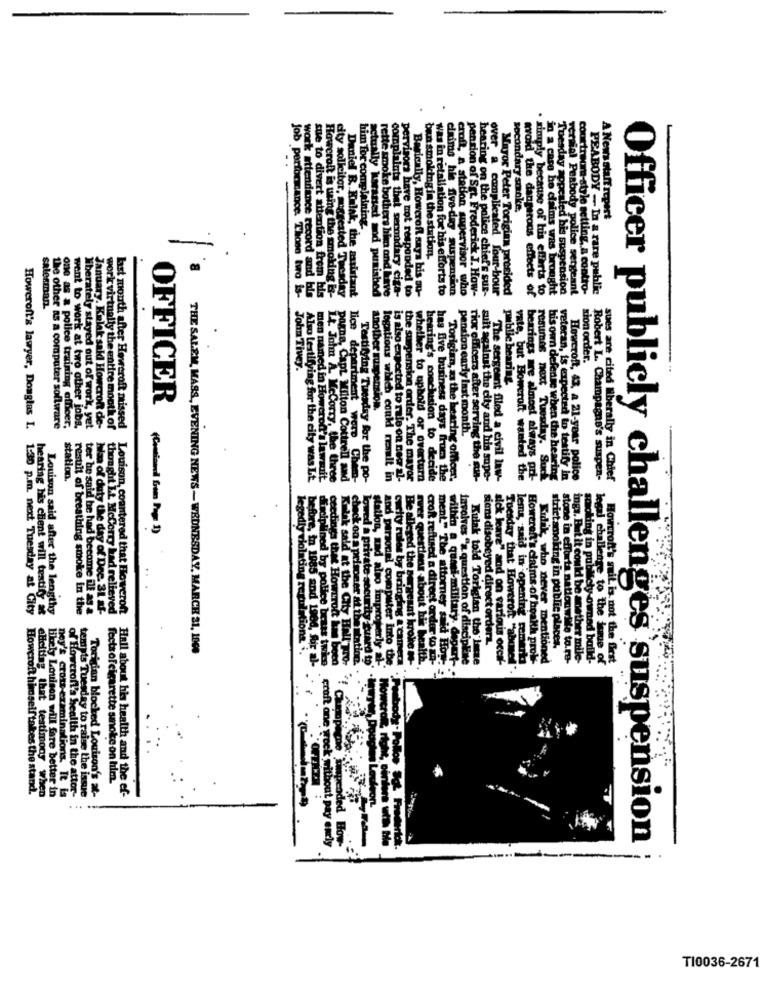
Job pe
tocondary smol
Tuesday Zope
seraial Peabody P
A News staff report
sue to divert attenti
him for complaining
-
Daniel B. Kulak, the aar
ban smokingin the station.
simply because of his effet
complaints that secondary ci
cinimo his five-day suspen
ance. Those two is-
tually krassed and punishe
Porvisors have not responded to
Basically, Howerof says his ou-
was in retaliation for his efforts to
croft, a station supervisor who
over a complicated Jour-bour
Mayor Peter Torigian presided
caled his suspension
police sergeant
courtroom-style setting, a contro-
PEABODY - In a rare public
work attendance record and bis
from his
Howcroft is using the smoking is-
e zasistant
rette smoke bothers him and awe
of SEL Frederick J. How-
hearing on the police chief's sur-
avoid the dangerous effects of
Barts to
in a caro he claims was brought
salesman.
John Tivey.
xion order.
bearing
OFFICER
men named in Howe
another suspension.
Torigian, as the bear
Howeroft's lawyer, Douglas I.
the other as a computer sollware
one as a police training affeer,
to work at two other jobs.
Iberately stayed out of work, yet
January. Kulak sald Howcroft de-
werk virtually the entire mooth of
pension early last month.
his own defense when the heart
station.
Also testifying for the city was Lt
rod's lawsuit
1.2. Jolm A. McCorry, the three
city solicitor, suggested Tuesday pagne, Capt Milton Cottrell and
lice department wore Chef-
Testifying Tuesday for the po-
legations which could realt in
the suspension order. The mayor
hearing's conclusion to decide
has five business days frum the
e bearing officer.
rior officers after serving the sun-
suit against the city and his supe-
The sergeant filed a civil law-
vate, but Bowcroft wanted the
bearings are almost always pri-
resumes next Tuesday. Suck
veteran, is expected to testify in
Howcroft, 43, a 21-year police
Robert L. Champagne's suspen-
sues are cited liberally in Chief
is also expected to rale on nog al-
Kalik sa
check on
Hallon
Be alle
inga. E-Lite
ooking in public
ed the Ber
croR reftused a dire
ment." The attorney
hearing his client will textily at
Louison said after the lengthy
result of breathing smoke in the
ter he said he had become ill ag a
Na of duty the day of Dec. 31 Mf-
thought L.t. McCorry bad relieved
last month after Howeroft missed Louison, countered that Floweront
1:30 p.m. next Tuesday af City
siens disobeyed direct orders.
Tuesday that Howeron ab
legal challenge to the jam
THE SALEM, MASS, EVENING NEWS- WEDNESDAY, MARCH 31, 1000
Into
lema, said in opening cemar
Kidik, who never mentione
strict smoking in public places.
whether to uphold or overturn rver questions about his health
aid Hoy
P. a quasi-military. depert
involves "a question of discipline
Kulak told Torigian the letze
sick leave" and on various occa
Howeren's claims of boalth prole-
stone in efforta nationwide to.ro-
hunnid be anether mile-
Moty-owned build
Hoverof's mail is not the Best
fectsofcigarette smoke on him.
Howcroft himself takes the stand.
eliciting that testimony when
Hely Louison will fare better in
Hall about his health and the ef-
OFFHER
ney's cross-examinations. It is
of Howcroft's health in the attor-
tempts Tuesday to raise the issue
Torigian blocked Louison's at-
craft ane wock without pay encly
led How-
Officer publicly challenges suspension
TI0036-2671